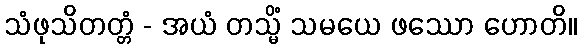
သံဖုသိတတ္တံ - အယံ တသ္မိံ သမယေ ဖဿော ဟောတိ။